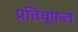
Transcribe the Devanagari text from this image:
प्रतिवूफल